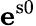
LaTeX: \mathbf{e}^{\mathrm{{s0}}}